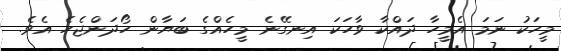
މީހަކު ނަމަ އެމީހާ ދައްކާ ވާހަކަ އިނގޭނެ މީހެއްގެ ބަޔާން ހޯދަަންޖެހެ އެވެ.